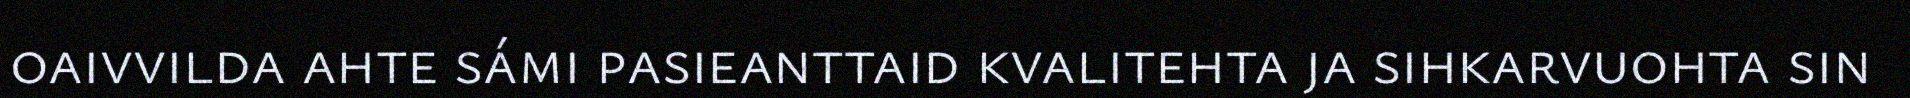
oaivvilda ahte sámi pasieanttaid kvalitehta ja sihkarvuohta sin